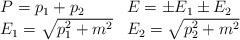
LaTeX: \begin{align*}\begin{array}{ll}P=p_1+p_2 & E=\pm E_1\pm E_2 \\E_1=\sqrt{p_1^2+m^2} & E_2=\sqrt{p_2^2+m^2}\end{array}\end{align*}